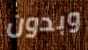
وبدون